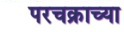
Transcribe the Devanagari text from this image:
परचक्राच्या